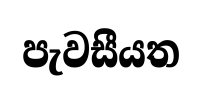
පැවසීයත